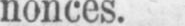
nonces.